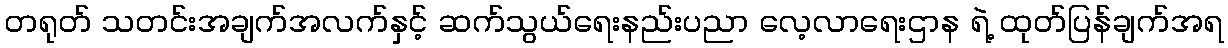
တရုတ် သတင်းအချက်အလက်နှင့် ဆက်သွယ်ရေးနည်းပညာ လေ့လာရေးဌာန ရဲ့ ထုတ်ပြန်ချက်အရ